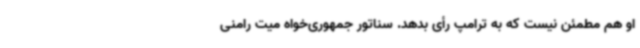
او هم مطمئن نیست که به ترامپ رأی بدهد. سناتور جمهوری‌خواه میت رامنی